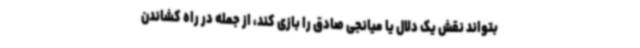
بتواند نقش یک دلال یا میانجی صادق را بازی کند، از جمله در راه کشاندن